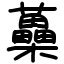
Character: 蘽